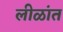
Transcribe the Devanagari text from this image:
लीळांत